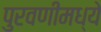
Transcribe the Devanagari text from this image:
पुरवणीमध्ये